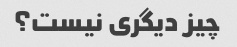
چیز دیگری نیست؟